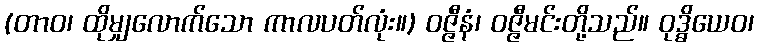
(တာဝ၊ ထိုမျှလောက်သော ကာလပတ်လုံး။) ဝဇ္ဇီနံ၊ ဝဇ္ဇီမင်းတို့သည်။ ဝုဒ္ဓိယေဝ၊